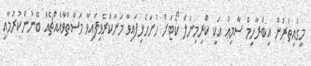
މީގެއިތުރުން އިބްރާހިމް ސާމިޢު އަކީ ކްރިމިނަލް ކޯޓަށް ހުށަހެޅިފައިވާ މަނާކުރެވިފައިވާ މަސްތުވާއެއްޗެއް ބޭނުންކުރުމާއި